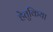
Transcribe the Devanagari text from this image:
हेतुकिया